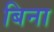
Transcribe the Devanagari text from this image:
बिना